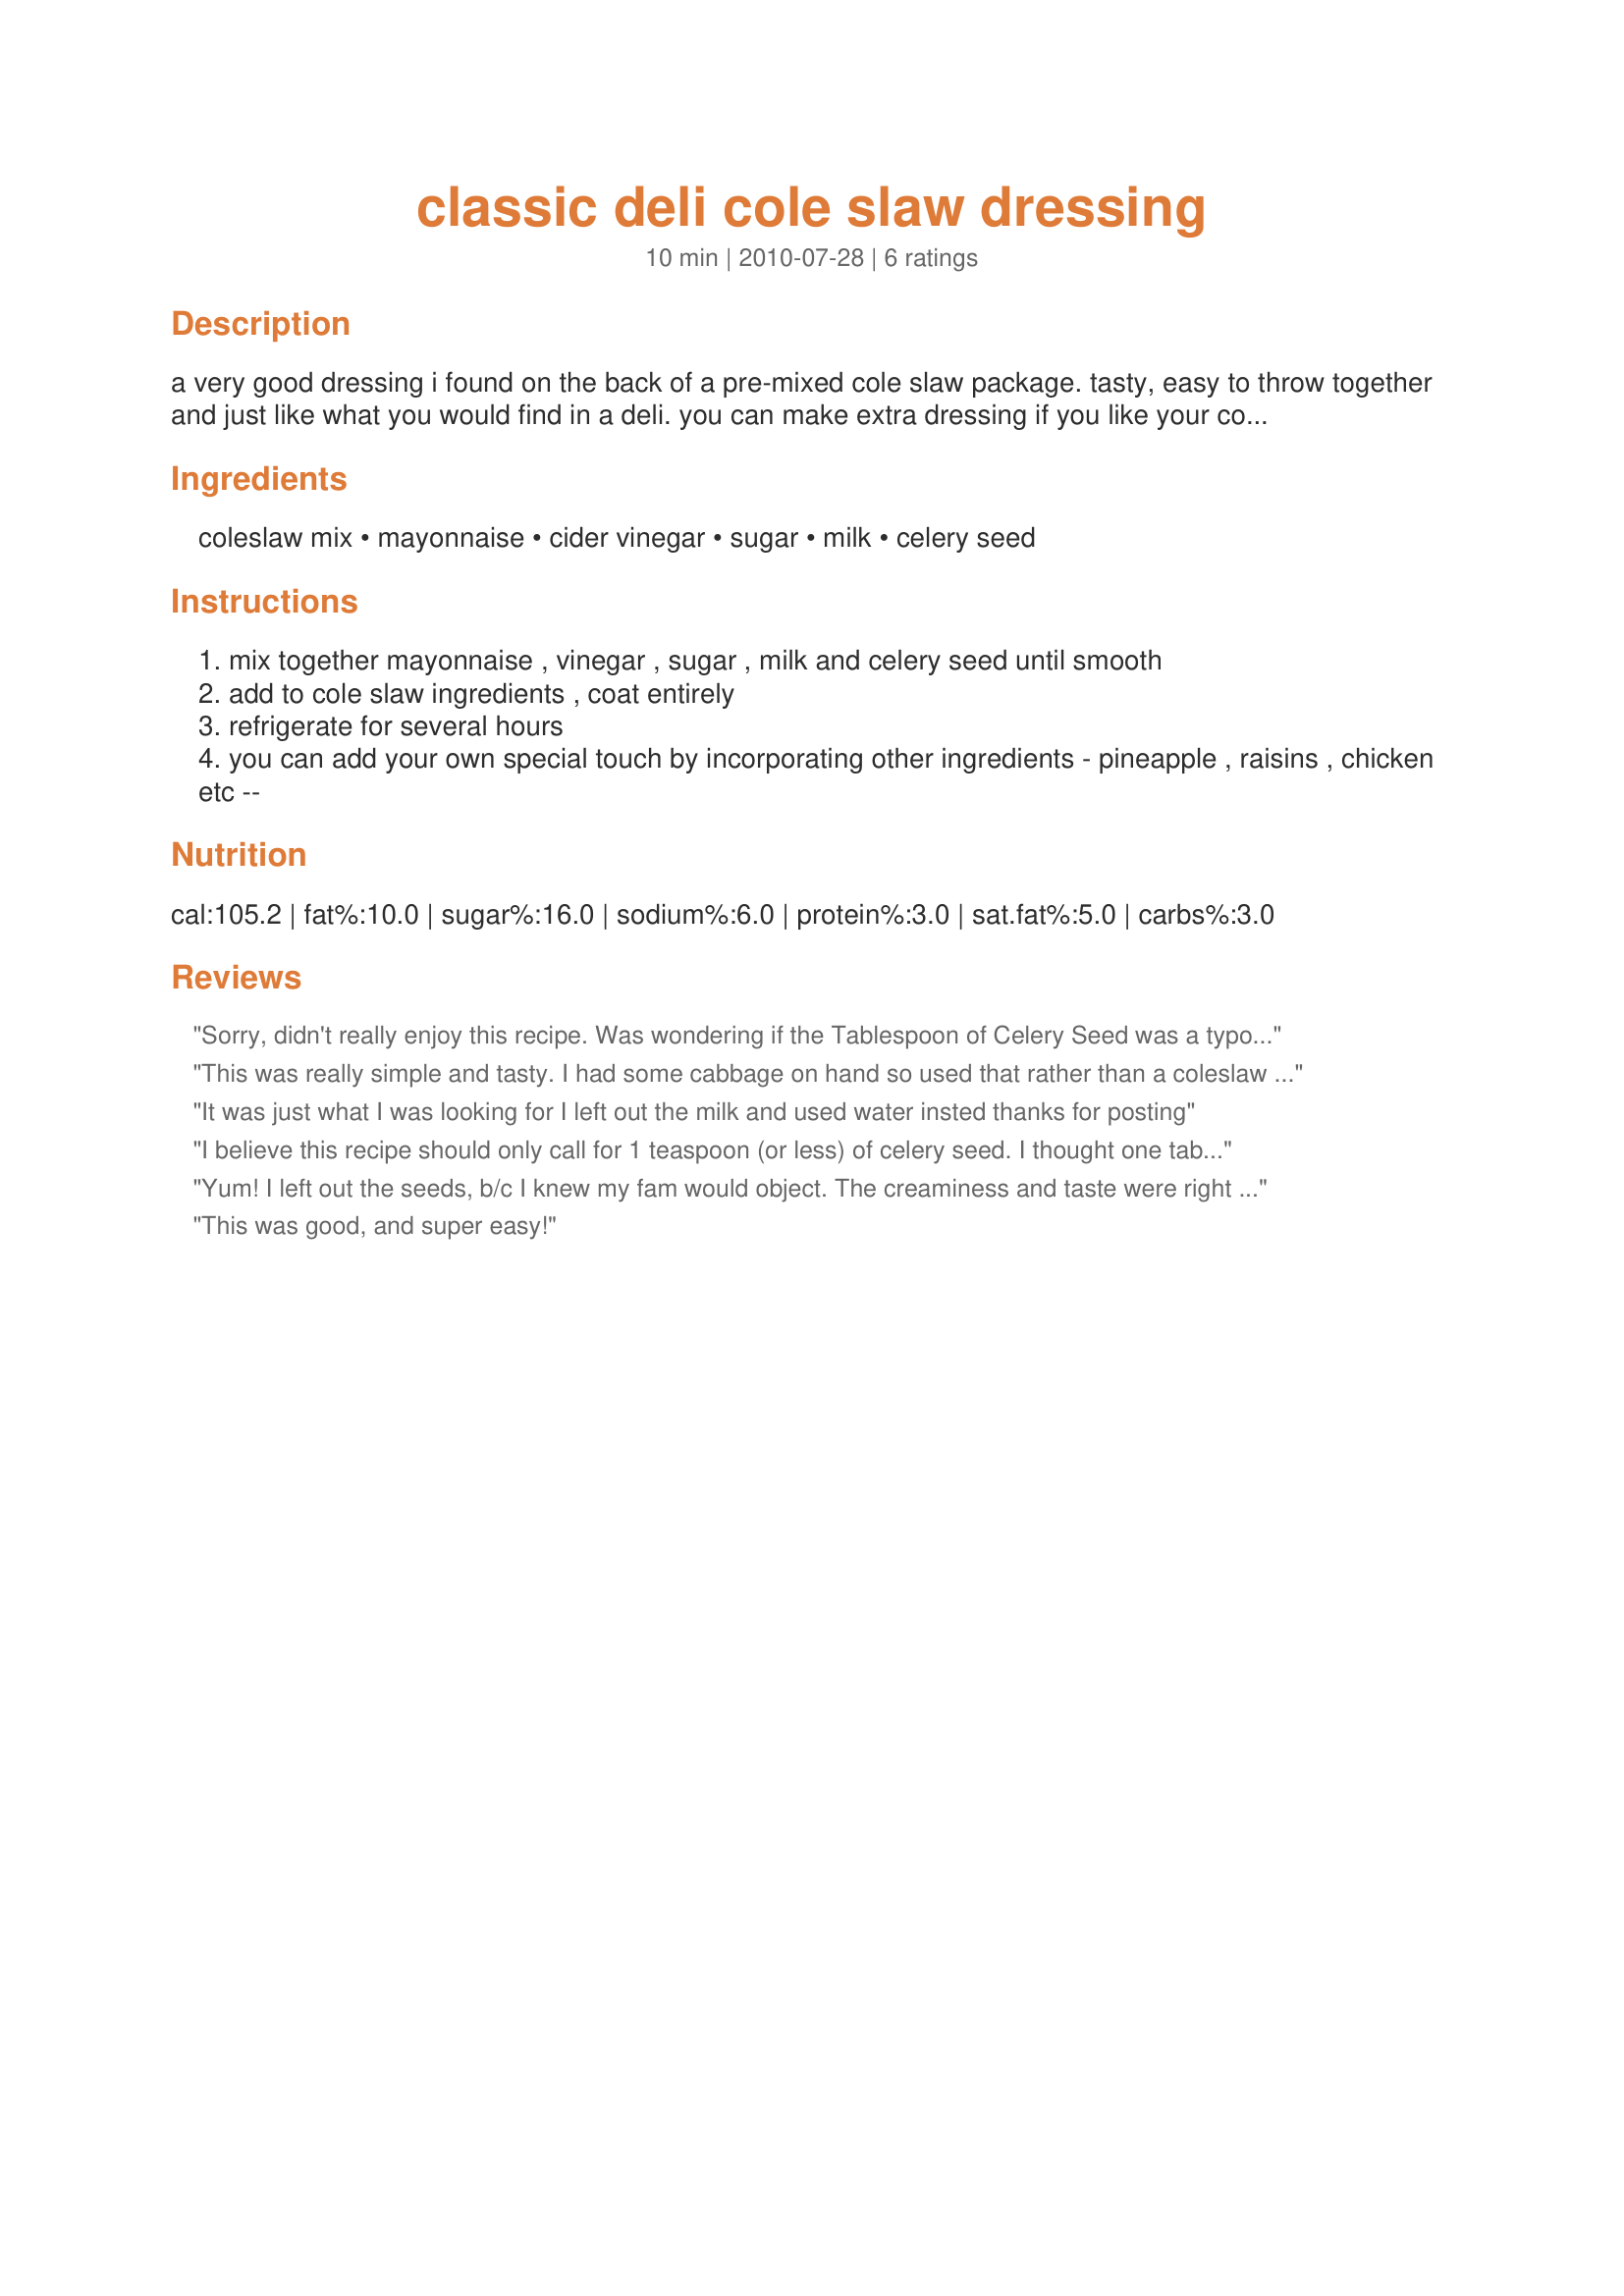
classic deli cole slaw dressing
Preparation time: 10 minutes

a very good dressing i found on the back of a pre-mixed cole slaw package. tasty, easy to throw together and just like what you would find in a deli. you can make extra dressing if you like your cole slaw "extra creamy" as well as use your own mixture of shredded green cabbage, carrots and red cabbage....we love it!!!

Ingredients:
coleslaw mix, mayonnaise, cider vinegar, sugar, milk, celery seed

Steps:
mix together mayonnaise , vinegar , sugar , milk and celery seed until smooth
add to cole slaw ingredients , coat entirely
refrigerate for several hours
you can add your own special touch by incorporating other ingredients - pineapple , raisins , chicken etc --

Reviews:
Sorry, didn't really enjoy this recipe. Was wondering if the Tablespoon of Celery Seed was a typo cuz it was way, way, too much. So much so that I doubled the rest of the ingredients; it was still too much! Not enough sugar; or maybe too much vinegar? TAT
This was really simple and tasty. I had some cabbage on hand so used that rather than a coleslaw mix. Thanks Sue's Kitchen for a nice side dish. Made for All You Can Cook Buffet tag.
It was just what I was looking for I left out the milk and used water insted thanks for posting
I believe this recipe should only call for 1 teaspoon (or less) of celery seed. I thought one tablespoon would be too much and it is. It turned out extremely bitter and nasty. I added in some extra mayo and two packets of Stevia to try and offset the bitterness. I used 12 ounces of Fiesta Slaw purchased at HEB. I hate wasting food, so we will just have to suck it up and eat it. I will make again, but will drastically reduce the celery seed.
Yum! I left out the seeds, b/c I knew my fam would object. The creaminess and taste were right on. Thanks!
This was good, and super easy!
